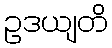
ဥဒယျတိ